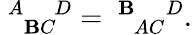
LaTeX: \ _{\; \; \mathbf{B}C}^{A\; \; \; \; D}=\ _{\; \; AC}^{\mathbf{B}\; \; \; \; D}.